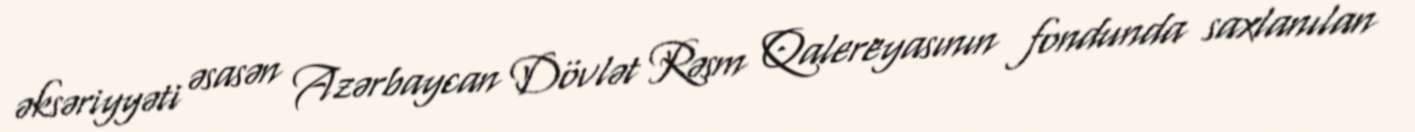
əksəriyyəti əsasən Azərbaycan Dövlət Rəsm Qalereyasının fondunda saxlanılan